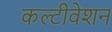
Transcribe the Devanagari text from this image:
कल्टीवेशन